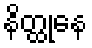
နိတ္ထုနေ